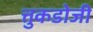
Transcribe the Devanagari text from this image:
त्तुकडोजी